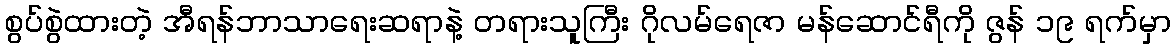
စွပ်စွဲထားတဲ့ အီရန်ဘာသာရေးဆရာနဲ့ တရားသူကြီး ဂိုလမ်ရေဇာ မန်ဆောင်ရီကို ဇွန် ၁၉ ရက်မှာ